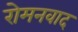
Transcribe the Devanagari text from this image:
रोमनवाद